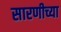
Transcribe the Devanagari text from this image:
सारणीच्या